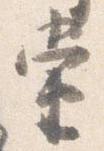
当